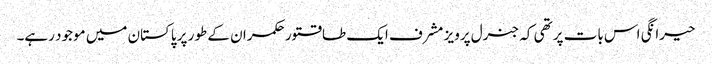
حیرانگی اس بات پر تھی کہ جنرل پرویز مشرف ایک طاقتور حکمران کے طور پر پاکستان میں موجود رہے۔